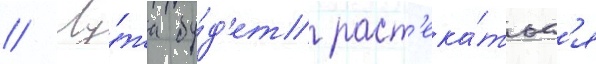
// Лу́жа бу́д'ет раст'ека́тьс'я